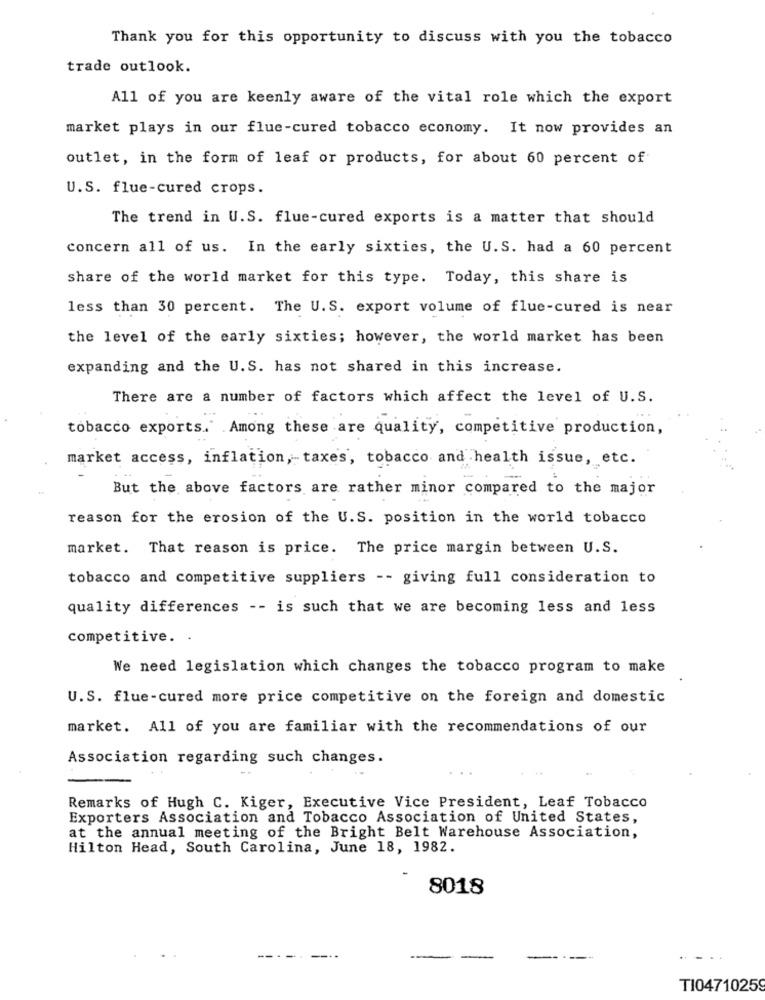
Thank you for this opportunity to discuss with you the tobacco
trade outlook.
All of you are keenly aware of the vital role which the export
market plays in our flue-cured tobacco economy. It now provides an
outlet, in the form of leaf or products, for about 60 percent of
U.S. flue-cured crops.
The trend in U.S. flue-cured exports is a matter that should
concern all of us. In the early sixties, the U.S. had a 60 percent
share of the world market for this type. Today, this share is
less than 30 percent. The U.S. export volume of flue-cured is near
the level of the early sixties; however, the world market has been
expanding and the U.S. has not shared in this increase.
There are a number of factors which affect the level of U.S.
tobacco exports. Among these are quality, competitive production,
market access, inflation, taxes, tobacco and health issue, etc.
But the above factors are rather minor compared to the major
reason for the erosion of the U.S. position in the world tobacco
market. That reason is price. The price margin between U.S.
tobacco and competitive suppliers -- giving full consideration to
quality differences -- is such that we are becoming less and less
competitive. .
We need legislation which changes the tobacco program to make
U.S. flue-cured more price competitive on the foreign and domestic
market. All of you are familiar with the recommendations of our
Association regarding such changes.
Remarks of Hugh C. Kiger, Executive Vice President, Leaf Tobacco
Exporters Association and Tobacco Association of United States,
at the annual meeting of the Bright Belt Warehouse Association,
Hilton Head, South Carolina, June 18, 1982.
8018
T104710259